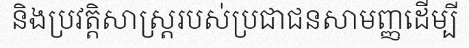
និងប្រវត្តិសាស្ត្ររបស់ប្រជាជនសាមញ្ញដើម្បី